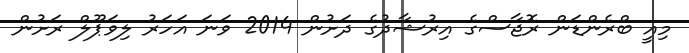
މިއީ ބްރެންޑަން ރޮޖާސްގެ އިރުޝާދުގެ ދަށުން 2014 ވަނަ އަހަރު ލިވަޕޫލް ރަށުން